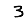
Digit: 3